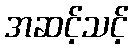
အဆင့်သင့်